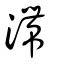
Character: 滯